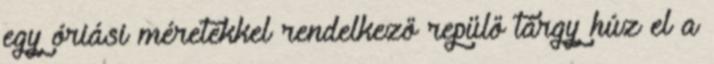
egy óriási méretekkel rendelkező repülő tárgy húz el a